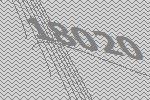
18020